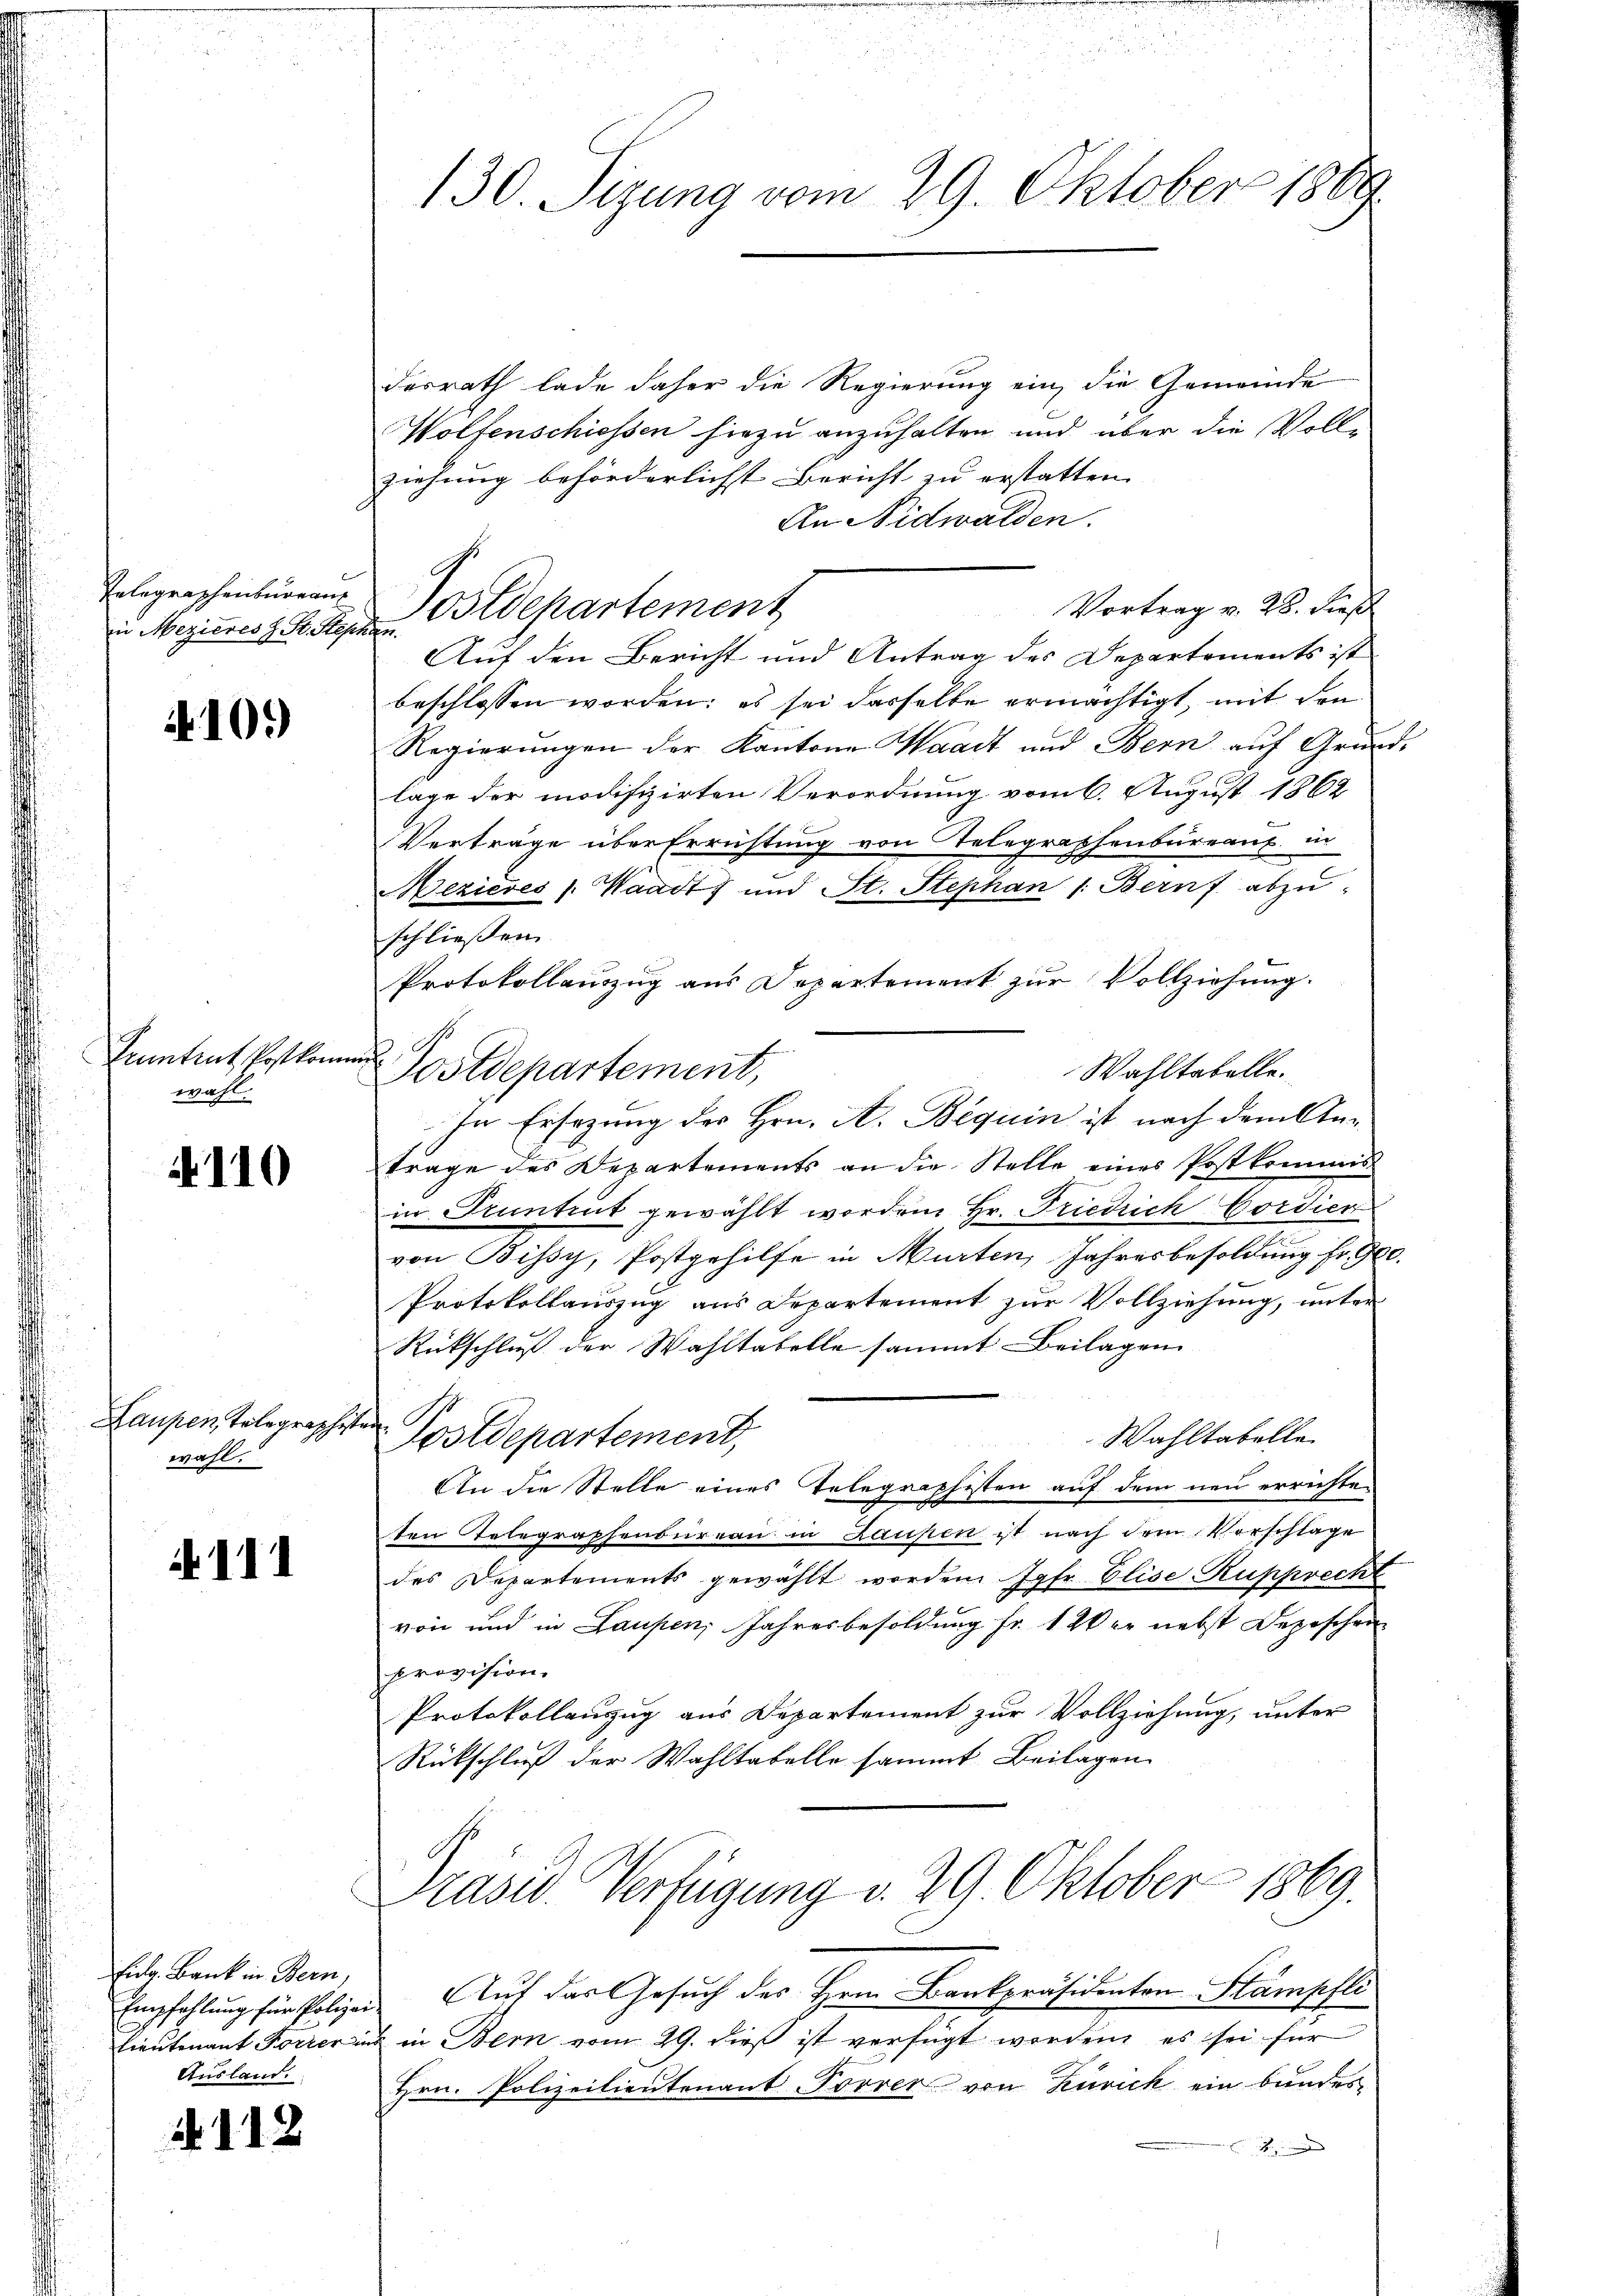
Telegraphenbureau
in Mezieres z. St. Step

410.)

Zentrut Postkom
wahl.

110

Laupen, Telegraphist
wahl.

A III

Fiebe. Bank in Bern,
Ausland.

112

130. Sizung vom 29. Oktober 1889

Ferrath lade daher die Regierung ein, die Gemeinde
Wolfenschiessen hiezu anzuhalten und über die Vollziehung beförderlichst Bericht zu erstatten
An Nidwalden.
Vortrag v. 28. dieß
Postdepartement
Auf den Bericht und Antrag des Departements ist
beschlossen worden; es sei dasselbe ermächtigt, mit den
Regierungen der Kantone Waadt und Bern auf Grundlage der modifizirten Verordnung vom 6. August 1862
Verträge über Errichtung von Stelegraphenbureau in
Mezieses Waadt und St. Stephan 1. Bern abzŭ-
schließen
Protokollauszug aus Departement zur Vollziehung.
G
f
Wahltabelle.
Postdepartement,
In Ersezung des Hrn. A. Béquin ist nach dem Antrage des Departements an die Stelle eines Postkommis-
in Pruntrut gewählt worden Hr. Friedrich Cordien
von Bissy, Postgehilfe in Murten Jahresbesoldung fr. 900.
Protokollauszug aus Departement zŭr Vollziehung, unter
Rückschluß der Wahltabelle sammt Beilagen
i
Wahltabelle
Postdepartement,
An die Stelle eines Telegraphisten auf dem neu errichte-
ten Telegraphenbureau in Laupen ist nach dem Vorschläge
des Departements gewählt worden. Jahr Elise Rupprecht
von und in Laupen, Jahresbesoldung fr. 1 Wer nebst Depeschen
provision.
Protokollanzug aus Departement zur Vollziehung, unter
Rückschluß der Wahltabelle sammt Beilagen
Praser Verfügung v. 29. Oktober 1869.
Empfehlung für Polizei Auf das Gesuch des Hrn. Bankpräsidenten Stämpfli
Lieutenant Forrer ins in Bern vom 29. dieß ist verfügt worden, es sei für
Hrn. Polizeilieutenant Forrer von Zürich ein bundes